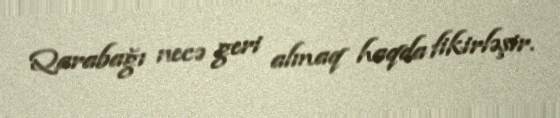
Qarabağı necə geri almaq haqda fikirləşir.